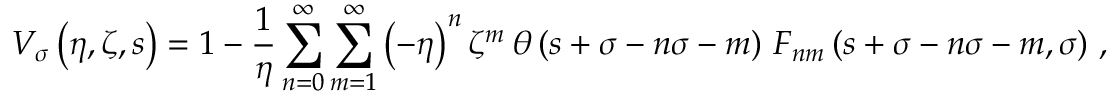
{ \cal V } _ { \sigma } \left( \eta , \zeta , s \right) = 1 - \frac { 1 } { \eta } \sum _ { n = 0 } ^ { \infty } \sum _ { m = 1 } ^ { \infty } \left( - \eta \right) ^ { n } \zeta ^ { m } \, \theta \left( s + \sigma - n \sigma - m \right) \, F _ { n m } \left( s + \sigma - n \sigma - m , \sigma \right) \, ,